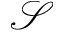
\mathcal S